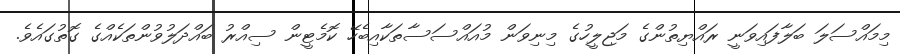
މިމައްސަލަ ބަލާފައިވަނީ ރައްޔިތުންގެ މަޖިލީހުގެ މިނިވަން މުއައްސަސާތަކާއިބެހޭ ކޮމެޓީން ސިއްރު ބައްދަލުވުންތަކެއްގެ ގޮތުގައެވެ.